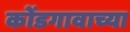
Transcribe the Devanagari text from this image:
कोंडगावाच्या